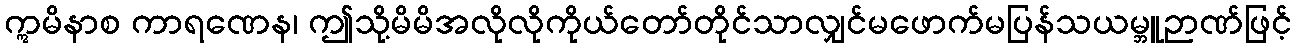
ဣမိနာစ ကာရဏေန၊ ဤသို့မိမိအလိုလိုကိုယ်တော်တိုင်သာလျှင်မဖောက်မပြန်သယမ္ဘူဉာဏ်ဖြင့်